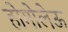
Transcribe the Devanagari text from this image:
होगोलेऊ